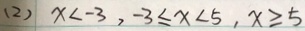
( 2 ) x < - 3 , - 3 \leq x < 5 , x \geq 5